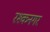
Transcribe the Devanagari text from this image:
रश्कनगर